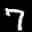
Label: 7